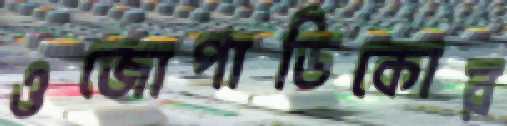
ওজোপাডিকোর